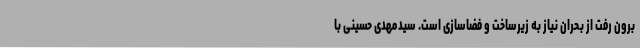
برون رفت از بحران نیاز به زیرساخت و فضاسازی است. سیدمهدی حسینی با